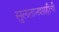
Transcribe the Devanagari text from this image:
सुलतानशाहीची